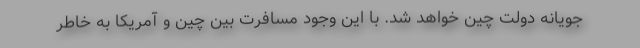
جویانه دولت چین خواهد شد. با این وجود مسافرت بین چین و آمریکا به خاطر